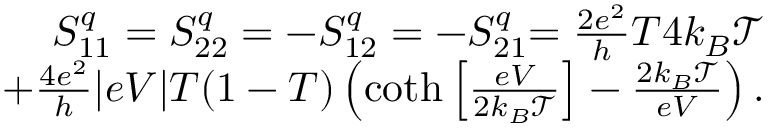
\begin{array} { r } { { S _ { 1 1 } ^ { q } = S _ { 2 2 } ^ { q } = - S _ { 1 2 } ^ { q } = - S _ { 2 1 } ^ { q } } { = \frac { 2 e ^ { 2 } } { h } T 4 k _ { B } \mathcal { T } } } \\ { { + \frac { 4 e ^ { 2 } } { h } | e V | T ( 1 - T ) \left( \coth \left[ \frac { e V } { 2 k _ { B } \mathcal { T } } \right] - \frac { 2 k _ { B } \mathcal { T } } { e V } \right) . } } \end{array}